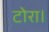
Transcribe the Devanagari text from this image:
टोरा।